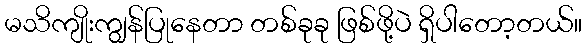
မသိကျိုးကျွန်ပြုနေတာ တစ်ခုခု ဖြစ်ဖို့ပဲ ရှိပါတော့တယ်။